system: You are a helpful assistant.
user:
Analyze the provided spectrum to determine if it is a **White Dwarf (WD)**.

A White Dwarf spectrum is defined by its **extreme purity** (due to gravitational settling) and/or **extreme pressure broadening** (due to high surface gravity). You must check for one of the following mutually exclusive signatures:

- **Key Visual Indicators (Check for ONE of these types):**

    - **1. DA-Type Signature (Most Common):**
        - **(Primary Feature):** Extreme pressure broadening (Stark broadening) of the **Hydrogen (H) Balmer lines**.
        - **(Key Lines):** $H\beta$ (approx. $4861$ Å) and $H\gamma$ (approx. $4340$ Å). $H\alpha$ (approx. $6563$ Å) will also be present if the wavelength range covers it.
        - **(Line Profile):** This is the **defining feature**. The lines are **NOT** sharp. They appear as massive, **extremely broad and deep "troughs" or "dips"** in the spectrum, often hundreds of Ångströms wide. The continuum will appear to "scoop" down at these wavelengths.
        - **(Distinction):** Normal A-type or B-type stars have *narrow* and *sharp* Hydrogen lines. A DA White Dwarf's lines are unmistakably "smeared" or "blurry" from pressure.

    - **2. DB-Type Signature:**
        - **(Primary Feature):** Broad absorption lines from **Neutral Helium (He I)**. The spectrum must lack any visible Hydrogen lines.
        - **(Key Lines):** Look for broad absorption near $4471$ Å, $4921$ Å, and $5876$ Å.
        - **(Line Profile):** These lines are also significantly pressure-broadened, appearing much wider than they would in a normal B-type main-sequence star.

    - **3. DC-Type Signature:**
        - **(Primary Feature):** A **featureless continuous spectrum**.
        - **(Line Profile):** The spectrum is a smooth curve with **no significant absorption or emission lines**.
        - **(Key Confirmation):** The continuum is almost always **blue or white**, indicating a hot object. This signature implies the atmosphere is so pure (or so cool) that no spectral lines are visible in the optical range. Its WD identity is confirmed by its extremely low intrinsic brightness (high absolute magnitude).

    - **4. DZ-Type Signature (Metal-Polluted):**
        - **(Primary Feature):** **Isolated, narrow metal absorption lines** on an otherwise featureless (DC-like) continuum.
        - **(Key Lines):** The **Calcium (Ca II) H & K doublet** (approx. **$3934$ Å** and **$3968$ Å**) is the most common and defining feature.
        - **(Line Profile):** These lines are "out of place." They are *not* part of a "forest" of thousands of lines. This signature is evidence of recent *accretion* (pollution) from rocky debris.
        - **(Distinction):** Normal G/K/M stars have a *dense forest* of thousands of metal lines. A DZ has a *clean* continuum with *only a few* strong metal lines.

    - **5. DQ-Type Signature (Carbon-Polluted):**
        - **(Primary Feature):** Absorption bands from **Carbon (C₂ "Swan Bands" or atomic C I)**.
        - **(Key Lines - C₂):** Look for bandheads with a "saw-tooth" shape near $5635$ Å, **$5165$ Å** (strongest), and $4737$ Å.
        - **(Key Confirmation):** The underlying **continuum must be blue or white** (hot).
        - **(Distinction):** This is the critical difference from a **Carbon Star**, which has the *exact same* C₂ bands but on an extremely **red, cool** continuum.

- **(Overall Spectrum):**
    - The continuum (overall shape) is typically **blue-sloping** (brighter in the blue than the red), as most white dwarfs are very hot.
    - The spectrum will look "pure" or "simple," dominated by only *one* of the five signatures listed above.

Think first, call **spectral_visualization_tool** if needed to examine features in detail, then provide your final answer. Your response must adhere to the following strict rules:
1.  **Overall Structure:** Your response must follow the format `<think>...</think> <tool_call>...</tool_call> (if a tool is used) <answer>...</answer>`.
2.  **Tool Usage Constraint:** You may only make **one** tool call per turn.
3.  **Final Answer Format:** In the `<answer>` tag, your conclusion must be inside a `\boxed{}` command (e.g., `\boxed{YES}` or `\boxed{NO}`), followed by your justification.

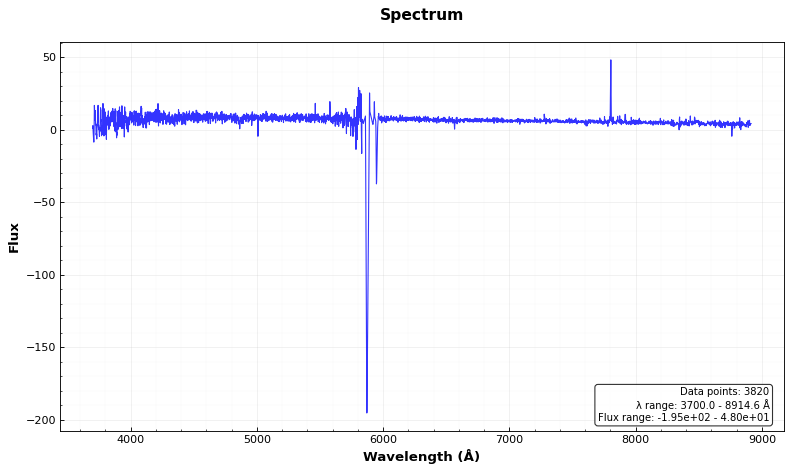
Answer: YES